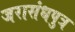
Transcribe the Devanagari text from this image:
जरासंधपुत्र